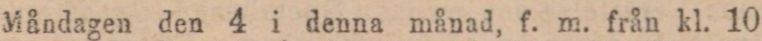
Måndagen den 4 i denna månad, f. m. från kl. 10